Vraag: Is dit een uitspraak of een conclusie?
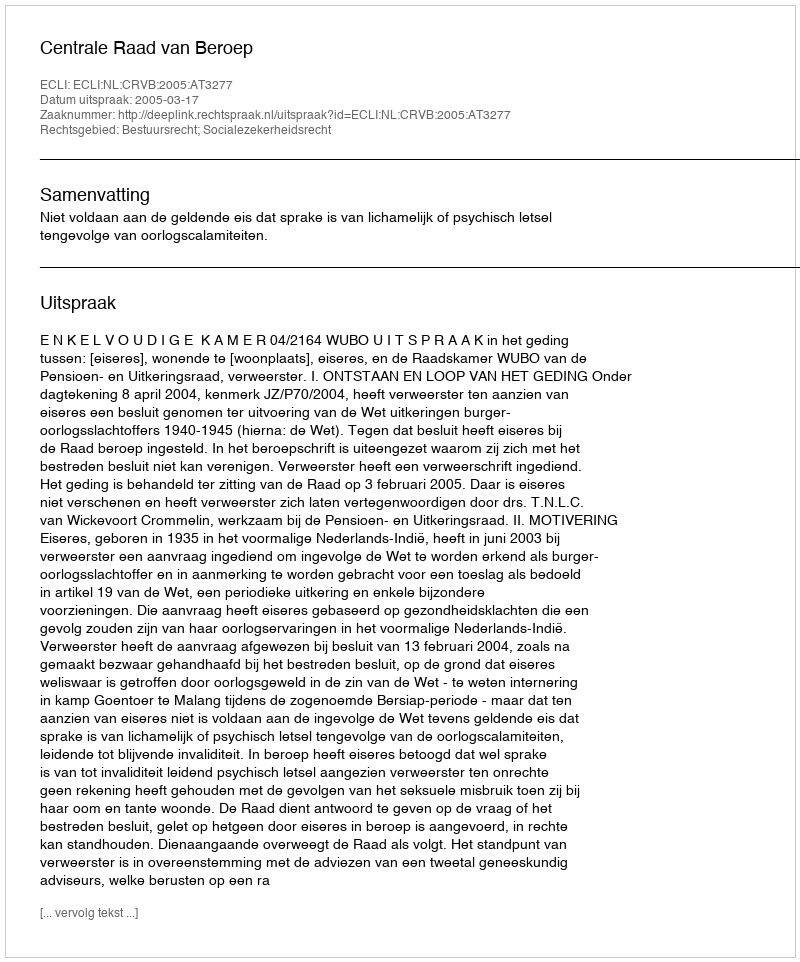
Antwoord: Uitspraak